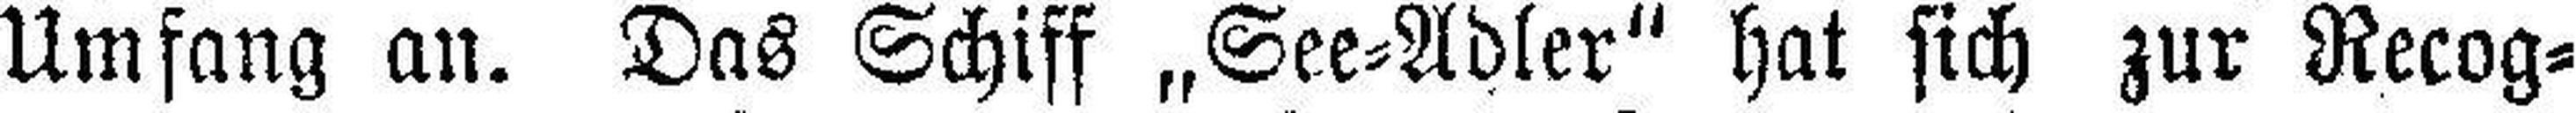
Umfang an. Das Schiff „See=Adler“ hat sich zur Recog¬